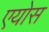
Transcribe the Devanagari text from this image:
एयोस